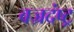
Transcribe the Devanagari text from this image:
वज्रदंष्ट्र